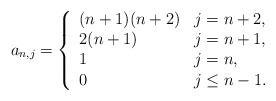
\begin{align*} a_{n,j}=\left\{ \begin{array}{ll} (n+1)(n+2) & j=n+2,\\ 2(n+1) & j=n+1,\\ 1 & j=n,\\ 0 & j\leq n-1. \end{array}\right.\end{align*}